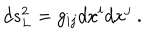
d s _ { L } ^ { 2 } = g _ { i j } d x ^ { i } d x ^ { j } \ .